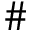
\#